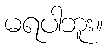
မရပါဘူး။